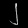
Digit: ၂